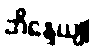
ဘိန္ဒေယျု